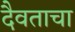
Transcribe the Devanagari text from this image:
दैवताचा